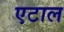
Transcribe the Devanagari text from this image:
एटाल